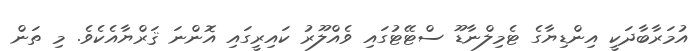
އުމަރާބާދަކީ އިންޑިޔާގެ ޓެމިލްނާޑޫ ސްޓޭޓުގައި ވެއްލޫރު ކައިރީގައި އޮންނަ ޤަރްޔާއެކެވެ. މި ތަން